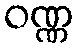
ဝဏ္ဏ